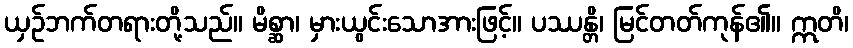
ယှဉ်ဘက်တရားတို့သည်။ မိစ္ဆာ၊ မှားယွင်းသောအားဖြင့်။ ပဿန္တိ၊ မြင်တတ်ကုန်၏။ ဣတိ၊